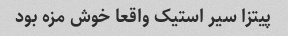
پیتزا سیر استیک واقعا خوش مزه بود